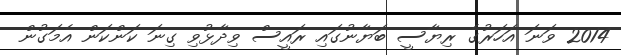
2014 ވަނަ އަހަރުގެ ރިޔާސީ ބަޔާނުގައި ރައީސް ވިދާޅުވި ގިނަ ކަންކަން އެމަގުން